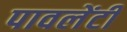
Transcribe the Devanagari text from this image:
पावलेंटी